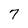
Character: 7